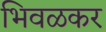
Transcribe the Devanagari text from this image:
भिवळकर